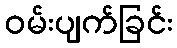
ဝမ်းပျက်ခြင်း